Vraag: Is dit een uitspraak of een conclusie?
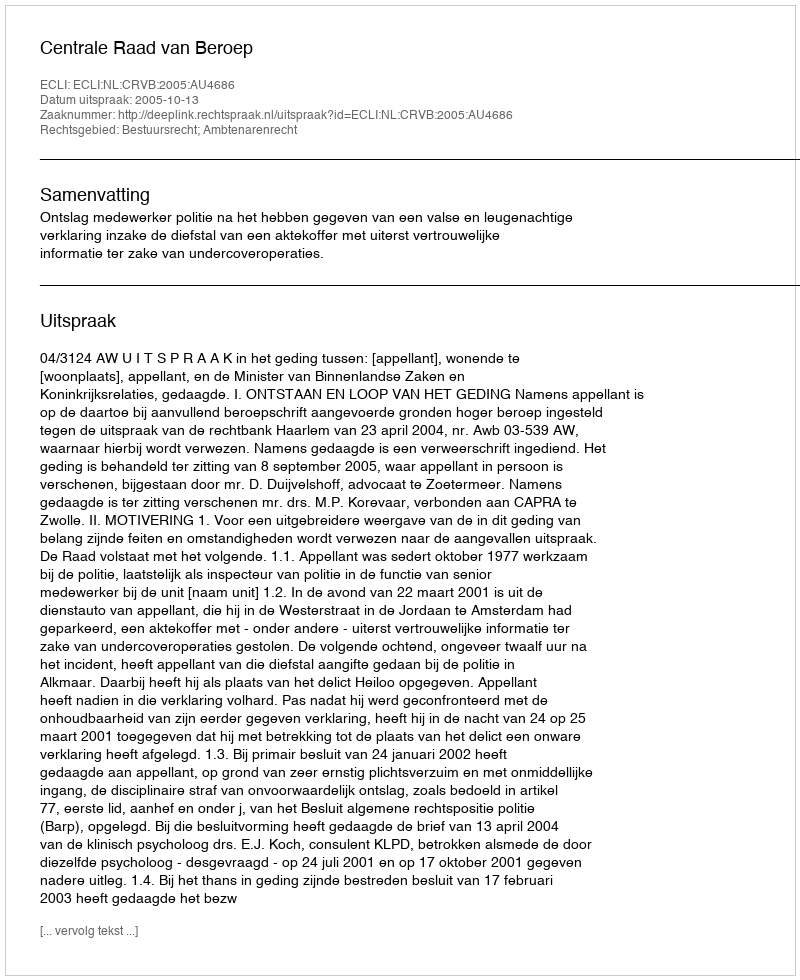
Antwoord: Uitspraak